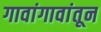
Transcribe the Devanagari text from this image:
गावांगावांतून